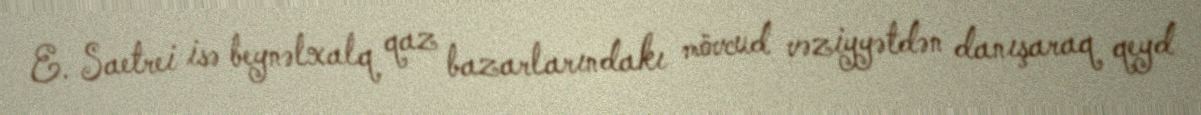
E. Saetrei isə beynəlxalq qaz bazarlarındakı mövcud vəziyyətdən danışaraq qeyd